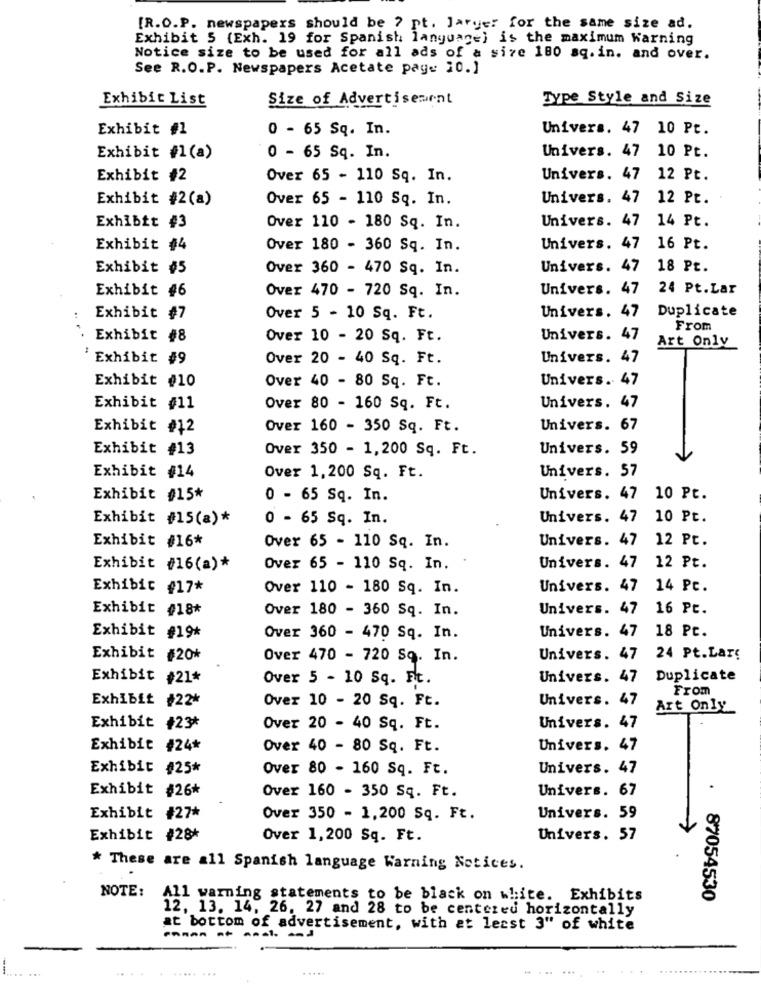
[R.O.P. newspapers should be ? pt. ]arge: for the same size ad.
Exhibit 5 (Exh. 19 for Spanish language) is the maximum Warning
Notice size to be used for all ads of a size 180 sq.in. and over.
See R.O.P. Newspapers Acetate page 10.]
Exhibit List
Size of Advertisement
Type Style and Size
Exhibit #1
0 - 65 Sq. In.
Univers. 47 10 Pt.
Exhibit #1(a)
0 - 65 Sq. In.
Univers. 47 10 Pt.
Exhibit #2
Over 65 - 110 Sq. In.
Univers. 47 12 Pt.
Exhibit #2(a)
Over 65 - 110 Sq. In.
Univers. 47 12 Pt.
Univers. 47 14 Pt.
Exhibit #3
Over 110 - 180 Sq. In.
Exhibit #4
Over 180 - 360 Sq. In.
Univers. 47 16 Pt.
Exhibit #5
Over 360 - 470 Sq. In.
Univers. 47 18 Pt.
Exhibit #6
Over 470 - 720 Sq. In.
Univers. 47 24 Pt.Lar
Duplicate
Exhibit #7
Over 5 - 10 Sq. Ft.
Univers. 47
From
Exhibit #8
Over 10 - 20 Sq. Ft.
Univers. 47
Art Only
Exhibit #9
Over 20 - 40 Sq. Ft.
Univers. 47
Exhibit #10
Over 40 - 80 Sq. Ft.
Univers. 47
Exhibit #11
Over 80 - 160 Sq. Ft.
Univers. 47
Exhibit #12
Over 160 - 350 Sq. Ft.
Univers. 67
Exhibit #13
Over 350 - 1,200 Sq. Ft.
Univers. 59
Exhibit #14
Univers. 57
Over 1,200 Sq. Ft.
Exhibit #15*
0 - 65 Sq. In.
Univers. 47
10 Pt.
Exhibit #15(a)*
0 - 65 Sq. In.
Univers. 47
10 Pt.
Exhibit #16*
Univers. 47
12 Pt.
Over 65 - 110 Sq. In.
Exhibit #16(a)*
Over 65 - 110 Sq. In.
Univers. 47
12 Pt.
Exhibit #17*
Over 110 - 180 Sq. In.
Univers. 47 14 Pc.
Exhibit #18#
Over 180 - 360 Sq. In.
Univers. 47 16 Pt.
Univers. 47 18 Pt.
Exhibit #19*
Over 360 - 470 Sq. In.
Exhibit
#20*
Over 470 - 720 Sq. In.
Univers. 47
24 Pt.Lars
Exhibit #21*
Over 5 - 10 Sq. Ft.
Univers. 47
Duplicate
From
Exhibit #22*
Over 10 - 20 Sq. Ft.
Univers. 47
Art Only
Exhibit #23*
Over 20 - 40 Sq. Ft.
Univers. 47
Exhibit #24*
Over 40 - 80 Sq. Ft.
Univers. 47
Exhibit #25*
Over 80 - 160 Sq. Ft.
Univers. 47
Exhibit #26*
Over 160 - 350 Sq. Ft.
Univers. 67
.
Exhibit #27*
Over 350 - 1,200 Sq. Ft.
Univers. 59
Exhibit #28+
Over 1,200 Sq. Ft.
Univers. 57
* These are all Spanish language Warning Notices.
NOTE:
All warning statements to be black on white. Exhibits
87054530
12, 13. 14, 26. 27 and 28 to be centered horizontally
at bottom of advertisement, with at least 3" of white
saman at anal and
... ...
.... .........
......
....